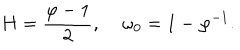
H = \frac { \varphi - 1 } { 2 } , \; \omega _ { 0 } = 1 - \varphi ^ { - 1 } .